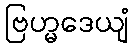
ဗြဟ္မဒေယျံ